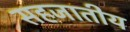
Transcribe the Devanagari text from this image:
सहजातीय